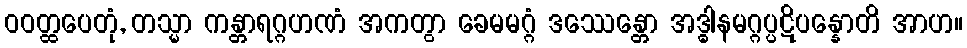
ဝဝတ္ထပေတုံ, တသ္မာ ကန္တာရဂ္ဂဟဏံ အကတွာ ခေမမဂ္ဂံ ဒဿေန္တော အဒ္ဓါနမဂ္ဂပ္ပဋိပန္နောတိ အာဟ။